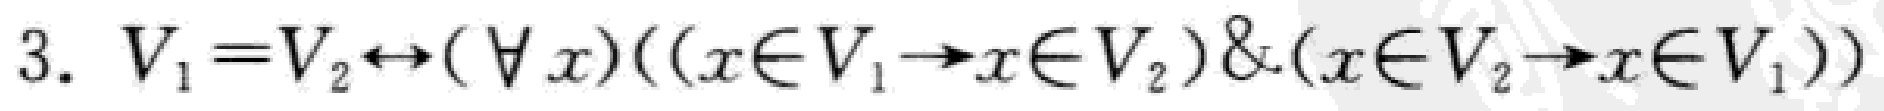
3. \(V_1 = V_2 \leftrightarrow (\forall x)((x\in V_1 \to x\in V_2)\&(x\in V_2 \to x\in V_1))\)